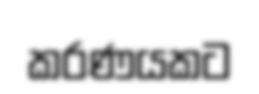
කරණයකට